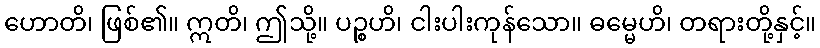
ဟောတိ၊ ဖြစ်၏။ ဣတိ၊ ဤသို့။ ပဉ္စဟိ၊ ငါးပါးကုန်သော။ ဓမ္မေဟိ၊ တရားတို့နှင့်။